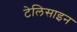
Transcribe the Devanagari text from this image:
टेलिसाइन